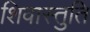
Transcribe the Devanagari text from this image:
शिवास्तुति